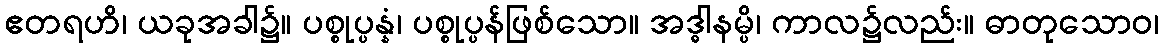
ဧတရဟိ၊ ယခုအခါ၌။ ပစ္စုပ္ပန္နံ၊ ပစ္စုပ္ပန်ဖြစ်သော။ အဒ္ဓါနမ္ပိ၊ ကာလ၌လည်း။ ဓာတုသောဝ၊